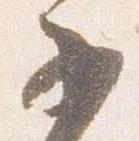
子